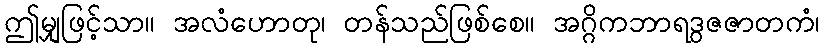
ဤမျှဖြင့်သာ။ အလံဟောတု၊ တန်သည်ဖြစ်စေ။ အဂ္ဂိကဘာရဒွဇဇာတကံ၊